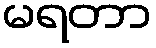
မရတာ